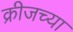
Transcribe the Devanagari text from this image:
क्रीजच्या